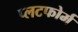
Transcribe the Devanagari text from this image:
प्लटफोर्म